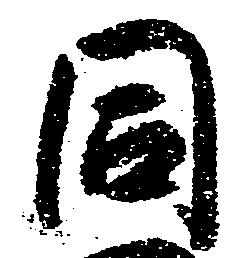
同